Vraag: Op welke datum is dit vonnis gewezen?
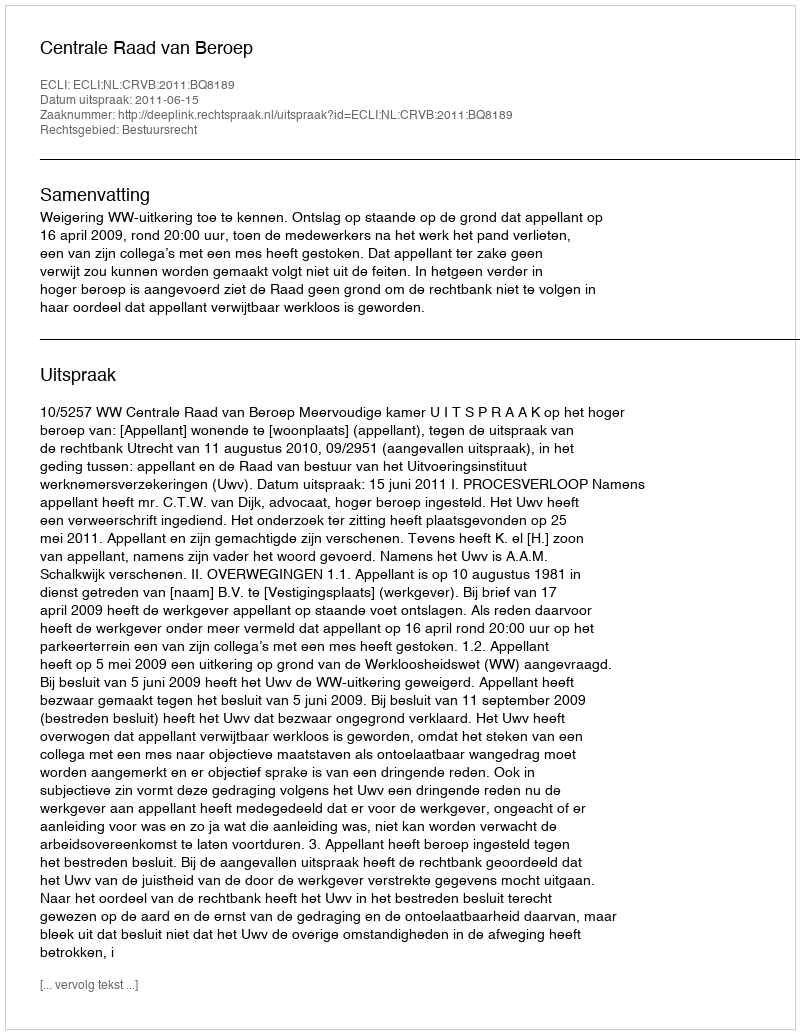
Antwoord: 2011-06-15